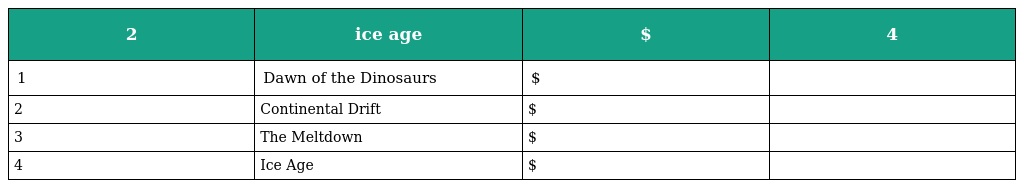
| 2 | ice age | $ | 4 |
 | --- | --- | --- | --- |
 | 1 | Dawn of the Dinosaurs | $ |  |
 | 2 | Continental Drift | $ |  |
 | 3 | The Meltdown | $ |  |
 | 4 | Ice Age | $ |  |